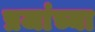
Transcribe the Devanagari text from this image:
प्रजांच्या